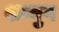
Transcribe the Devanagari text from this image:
शन्मुग